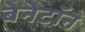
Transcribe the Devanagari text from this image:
बेनेटॉन